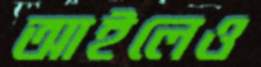
আইলেও